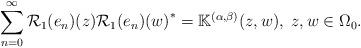
LaTeX: \begin{align*}\sum_{n=0}^\infty{\mathcal R}_1(e_n)(z){{\mathcal R}_1(e_n)(w)}^*=\mathbb K^{(\alpha,\beta)}(z,w),\;z,w\in \Omega_0.\end{align*}